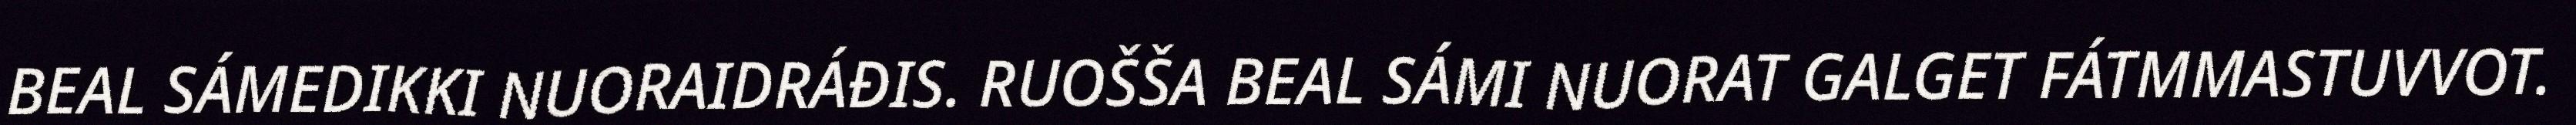
BEAL SÁMEDIKKI NUORAIDRÁĐIS. RUOŠŠA BEAL SÁMI NUORAT GALGET FÁTMMASTUVVOT.